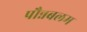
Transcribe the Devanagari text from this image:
पौन्नबलम